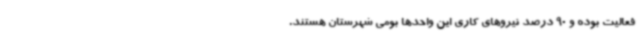
فعالیت بوده و 90 درصد نیروهای کاری این واحدها بومی شهرستان هستند.